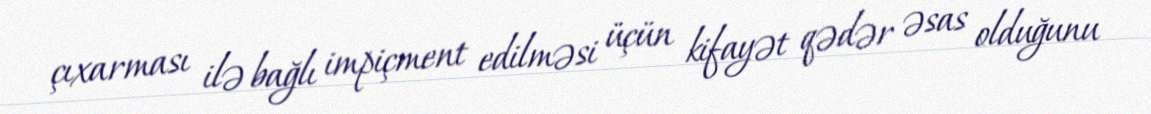
çıxarması ilə bağlı impiçment edilməsi üçün kifayət qədər əsas olduğunu